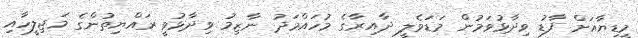
މީޑިޔާއަށް ފާޑު ވިދާޅުވަމުން މަޑަވެލީ ދާއިރާގެ މުހައްމަދު ނާޒިމު ވިދާޅުވީ ރައްޔިތުންގެ މަޖިލީހާއި